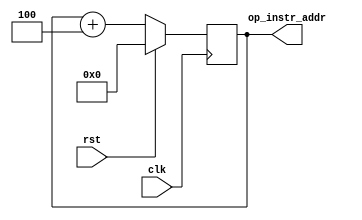
//Verilog Code for Program Counter

module pc(

input wire clk,
input wire rst,
output reg [31:0] op_instr_addr
);

//reg rst_tracker;
reg [31:0] pc;
reg [31:0] next_pc;

always @(posedge clk) begin: PC_Block
	//rst_tracker <= rst;
	
	if (rst) begin
		pc <= 0;
	end
	else begin
		pc <= next_pc;
	end
end

always @(*) begin
	op_instr_addr = pc;	
	next_pc = pc + 32'h4;
end

endmodule